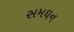
સમઘન